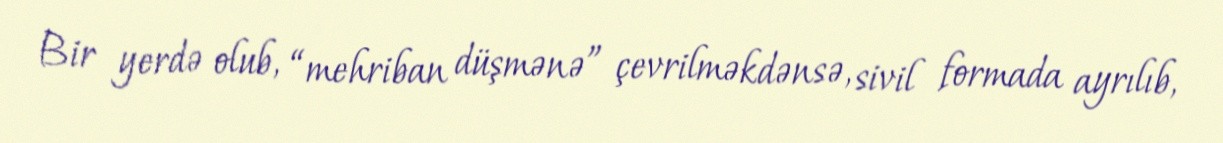
Bir yerdə olub, “mehriban düşmənə” çevrilməkdənsə, sivil formada ayrılıb,